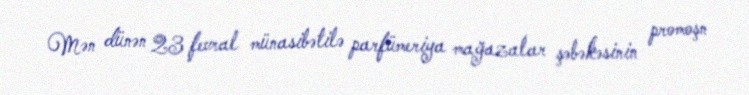
Mən dünən 23 fevral münasibətilə parfümeriya mağazalar şəbəkəsinin promoşn